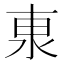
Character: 𰛕